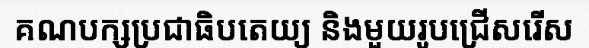
គណបក្សប្រជាធិបតេយ្យ និងមួយរូបជ្រើសរើស